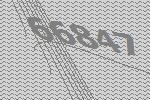
66847